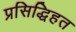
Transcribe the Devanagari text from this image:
प्रसिद्धिहत